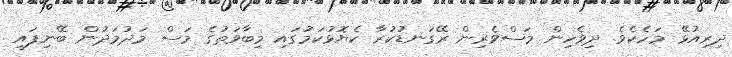
ދިރިއުޅޭ މަހެކެވެ. ދިވެހިން މަސްވެރިން ރޭގަނޑުކުރާ ކެޔޮޅުކަމުގައި މިބާވަތުގެ މަސް މަދުމަދުން ބޭނިފައި